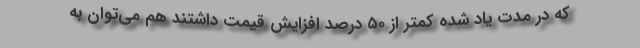
که در مدت یاد شده کمتر از ۵۰ درصد افزایش قیمت داشتند هم می‌توان به